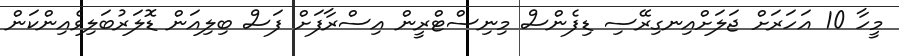
މީހާ 10 އަހަރަށް ޖަލަށްއިނގިރޭސި ޑިފެންސް މިނިސްޓްރީން އިސްރާފަށް ފަސް ބިލިއަން ޑޮލަރުބަލިވެއިންކަން